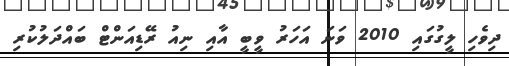
ދިވެހި ލީގުގައި 2010 ވަނަ އަހަރު ވީބީ އާއި ނިއު ރޭޑިއަންޓް ބައްދަލުކުރި